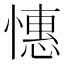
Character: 憓